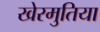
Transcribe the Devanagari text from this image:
खेरमुतिया